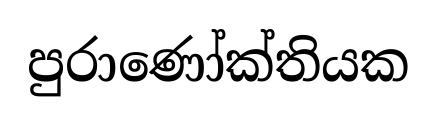
පුරාණෝක්තියක